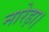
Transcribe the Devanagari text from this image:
नारेड़ा।